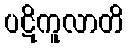
ပဋိကူလာတိ